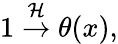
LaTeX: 1\stackrel{{\cal H}}{\rightarrow}\theta(x),